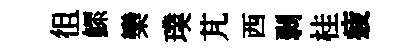
徂鰥欒璞芃西剥桂疲